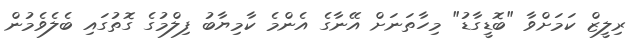
ރިލީޒް ކަމަށްވާ "ބޮޑީގާޑު" މިހާތަނަށް އޭނާގެ އެންމެ ކާމިޔާބު ފިލްމުގެ ގޮތުގައި ބެލެވެމުން